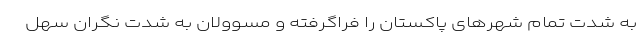
به شدت تمام شهرهای پاکستان را فراگرفته و مسوولان به شدت نگران سهل